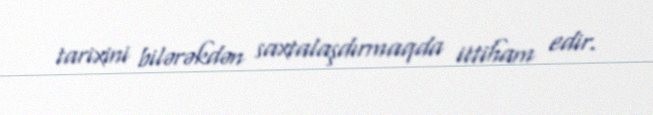
tarixini bilərəkdən saxtalaşdırmaqda ittiham edir.